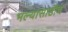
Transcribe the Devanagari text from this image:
भल्यासाठीच